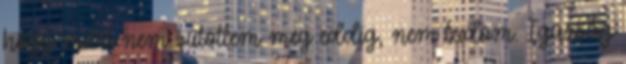
hogy miért nem sütöttem meg eddig, nem tudom. Igazság